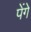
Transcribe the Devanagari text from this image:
पेंगे